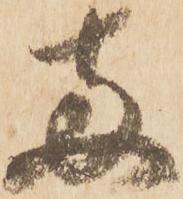
両